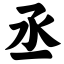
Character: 丞